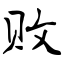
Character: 败